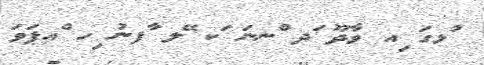
ުޅގަ ިއ ވާދޫ ަދ ްނނަ ަކ ޭލ ާފނު ިހ ްއޕަވަ